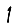
Digit: 1